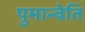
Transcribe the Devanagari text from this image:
पुमान्वेति